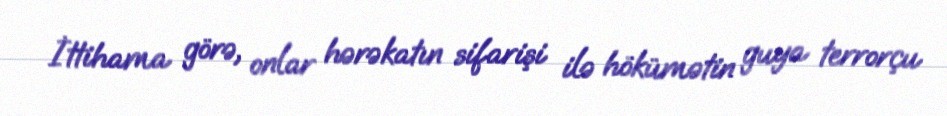
İttihama görə, onlar hərəkatın sifarişi ilə hökümətin guya terrorçu